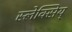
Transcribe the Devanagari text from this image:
स्लेक्सिय्